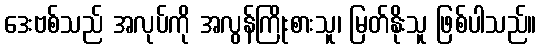
ဒေးဗစ်သည် အလုပ်ကို အလွန်ကြိုးစားသူ၊ မြတ်နိုးသူ ဖြစ်ပါသည်။